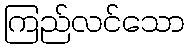
ကြည်လင်သော